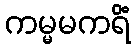
ကမ္မမကရိံ